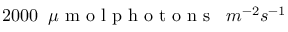
2 0 0 0 \phantom { x } \mu \textrm { m o l p h o t o n s } \phantom { x } m ^ { - 2 } s ^ { - 1 }